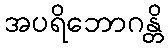
အပရိဘောဂန္တိ